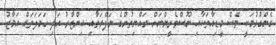
ގެންގުޅުމަކީ ވެސް މީޑިއާތަކާއި ނޫސްވެރީންނަށް ރައްޔިތުންގެ ނަފްރަތާއި އިންޒާރު އަދި ހަމަލަތައް އަމާޒު